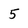
Character: 5